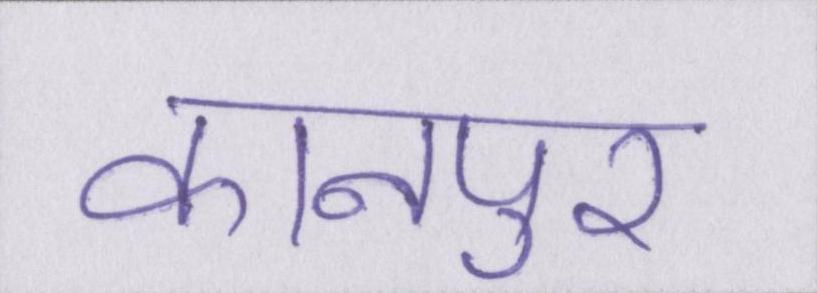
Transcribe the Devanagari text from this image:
कानपुर